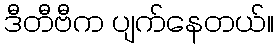
ဒီတီဗီက ပျက်နေတယ်။